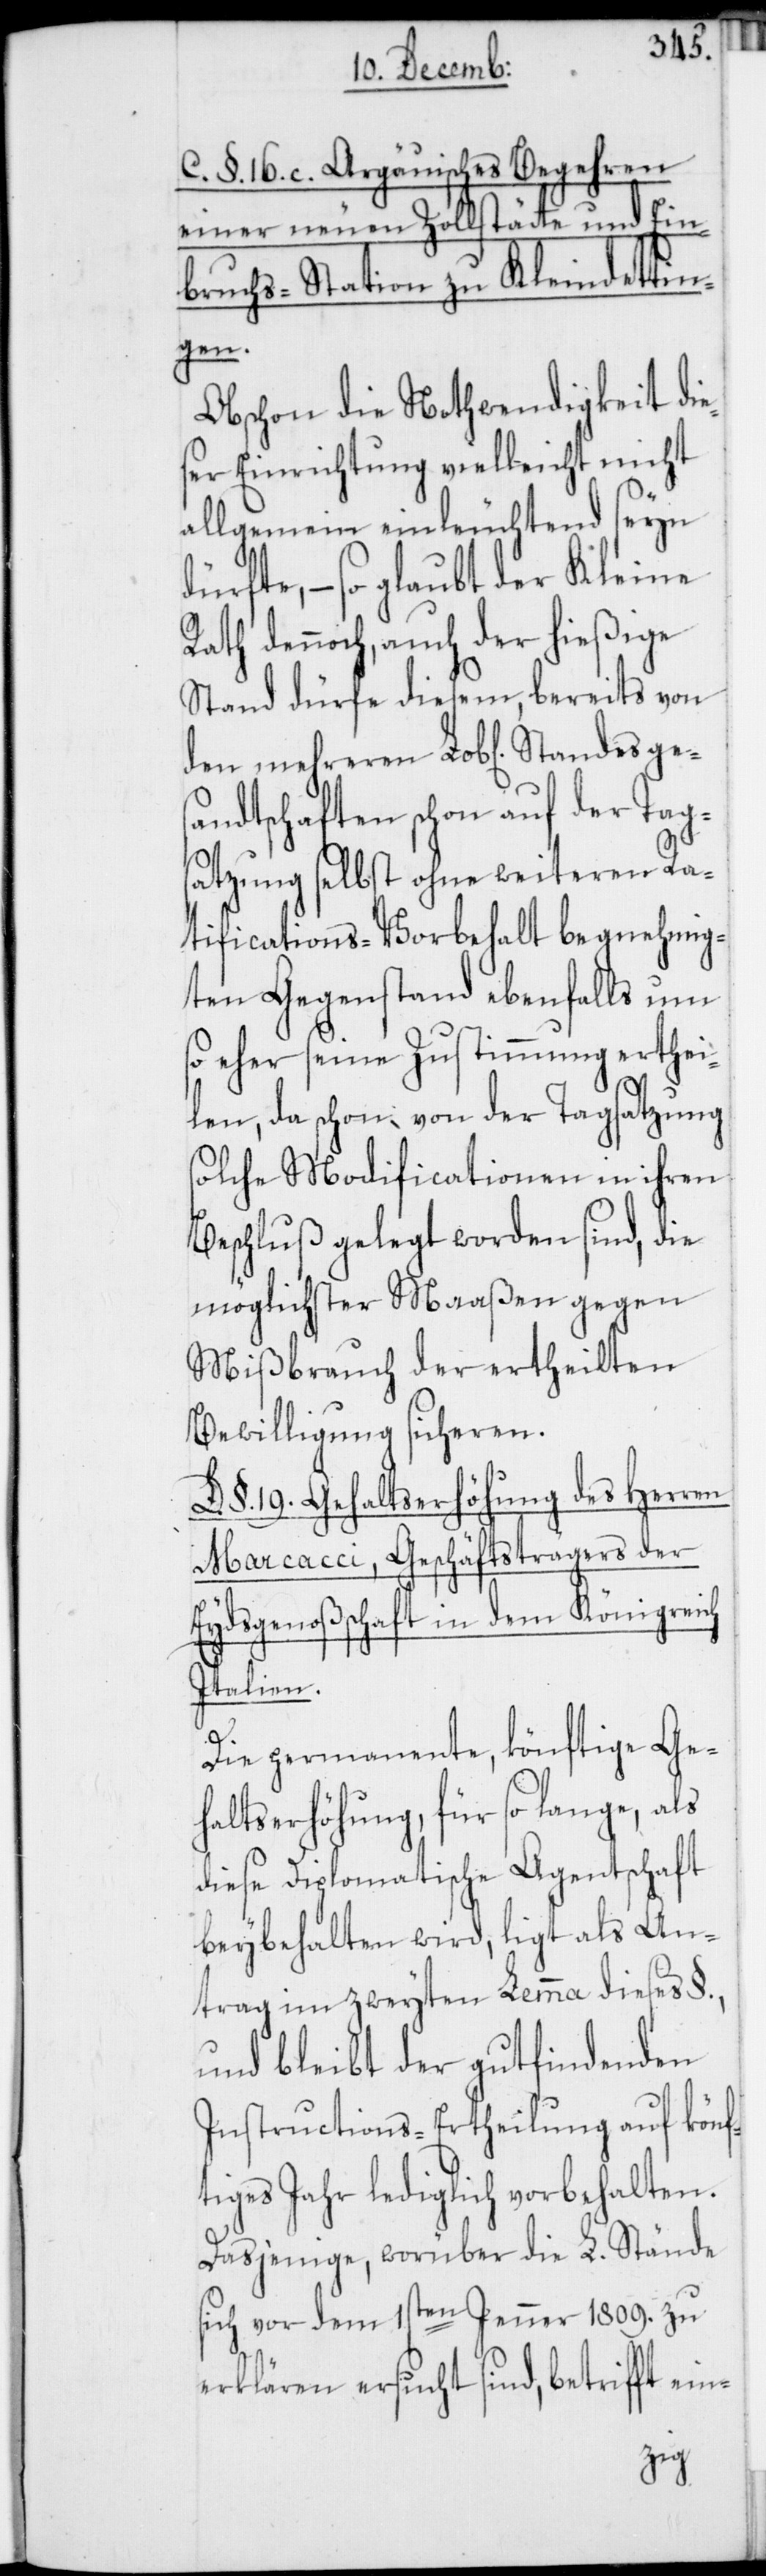
C. §. 16. c. Argäuisches Begehren
einer neuen Zollstätte und Ein¬
bruchs-Station zu Kleindettin¬
gen.
Obschon die Nothwendigkeit die¬
ser Einrichtung vielleicht nicht
allgemein einleuchtend seyn
ürfte, – so glaubt der Kleine
Rath dennoch, auch der hießige
Stand dürfe diesem, bereits von
andtschaften schon auf der Tag¬
satzung selbst ohne weiteren Ra¬
tifications-Vorbehalt begnehmig¬
ten Gegenstand ebenfalls um
so eher seine Zustimmung erthei¬
len, da schon von der Tagsatzung
solche Modificationen in ihren
Beschluß gelegt worden sind, die
möglichster Maaßen gegen
Mißbrauch der ertheilten
Bewilligung sicheren.
D. §. 19. Gehaltserhöhung des Herren
Marcacci, Geschäftsträgers der
Eydsgenoßenschaft in dem Königreich
Italien.
Die permanente, könftige Ge¬
haltserhöhung, für so lange, als
diese Diplomatische Agentschaft
beybehalten wird, ligt als An¬
trag im zweyten Lemma dieses §.,
und bleibt der gutfindenden
Instructions-Ertheilung auf könf¬
tiges Jahr lediglich vorbehalten.
Dasjenige, worüber die L. Stände
sich vor dem 1sten Jenner 1809. zu
erklären ersucht sind, betrifft ein-
ges¬